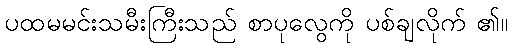
ပထမမင်းသမီးကြီးသည် စာပုလွေကို ပစ်ချလိုက် ၏။